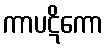
ကာပဋိကော